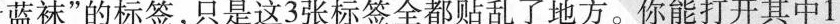
蓝袜”的标签，只是这3张标签全都贴乱了地方。你能打开其中1